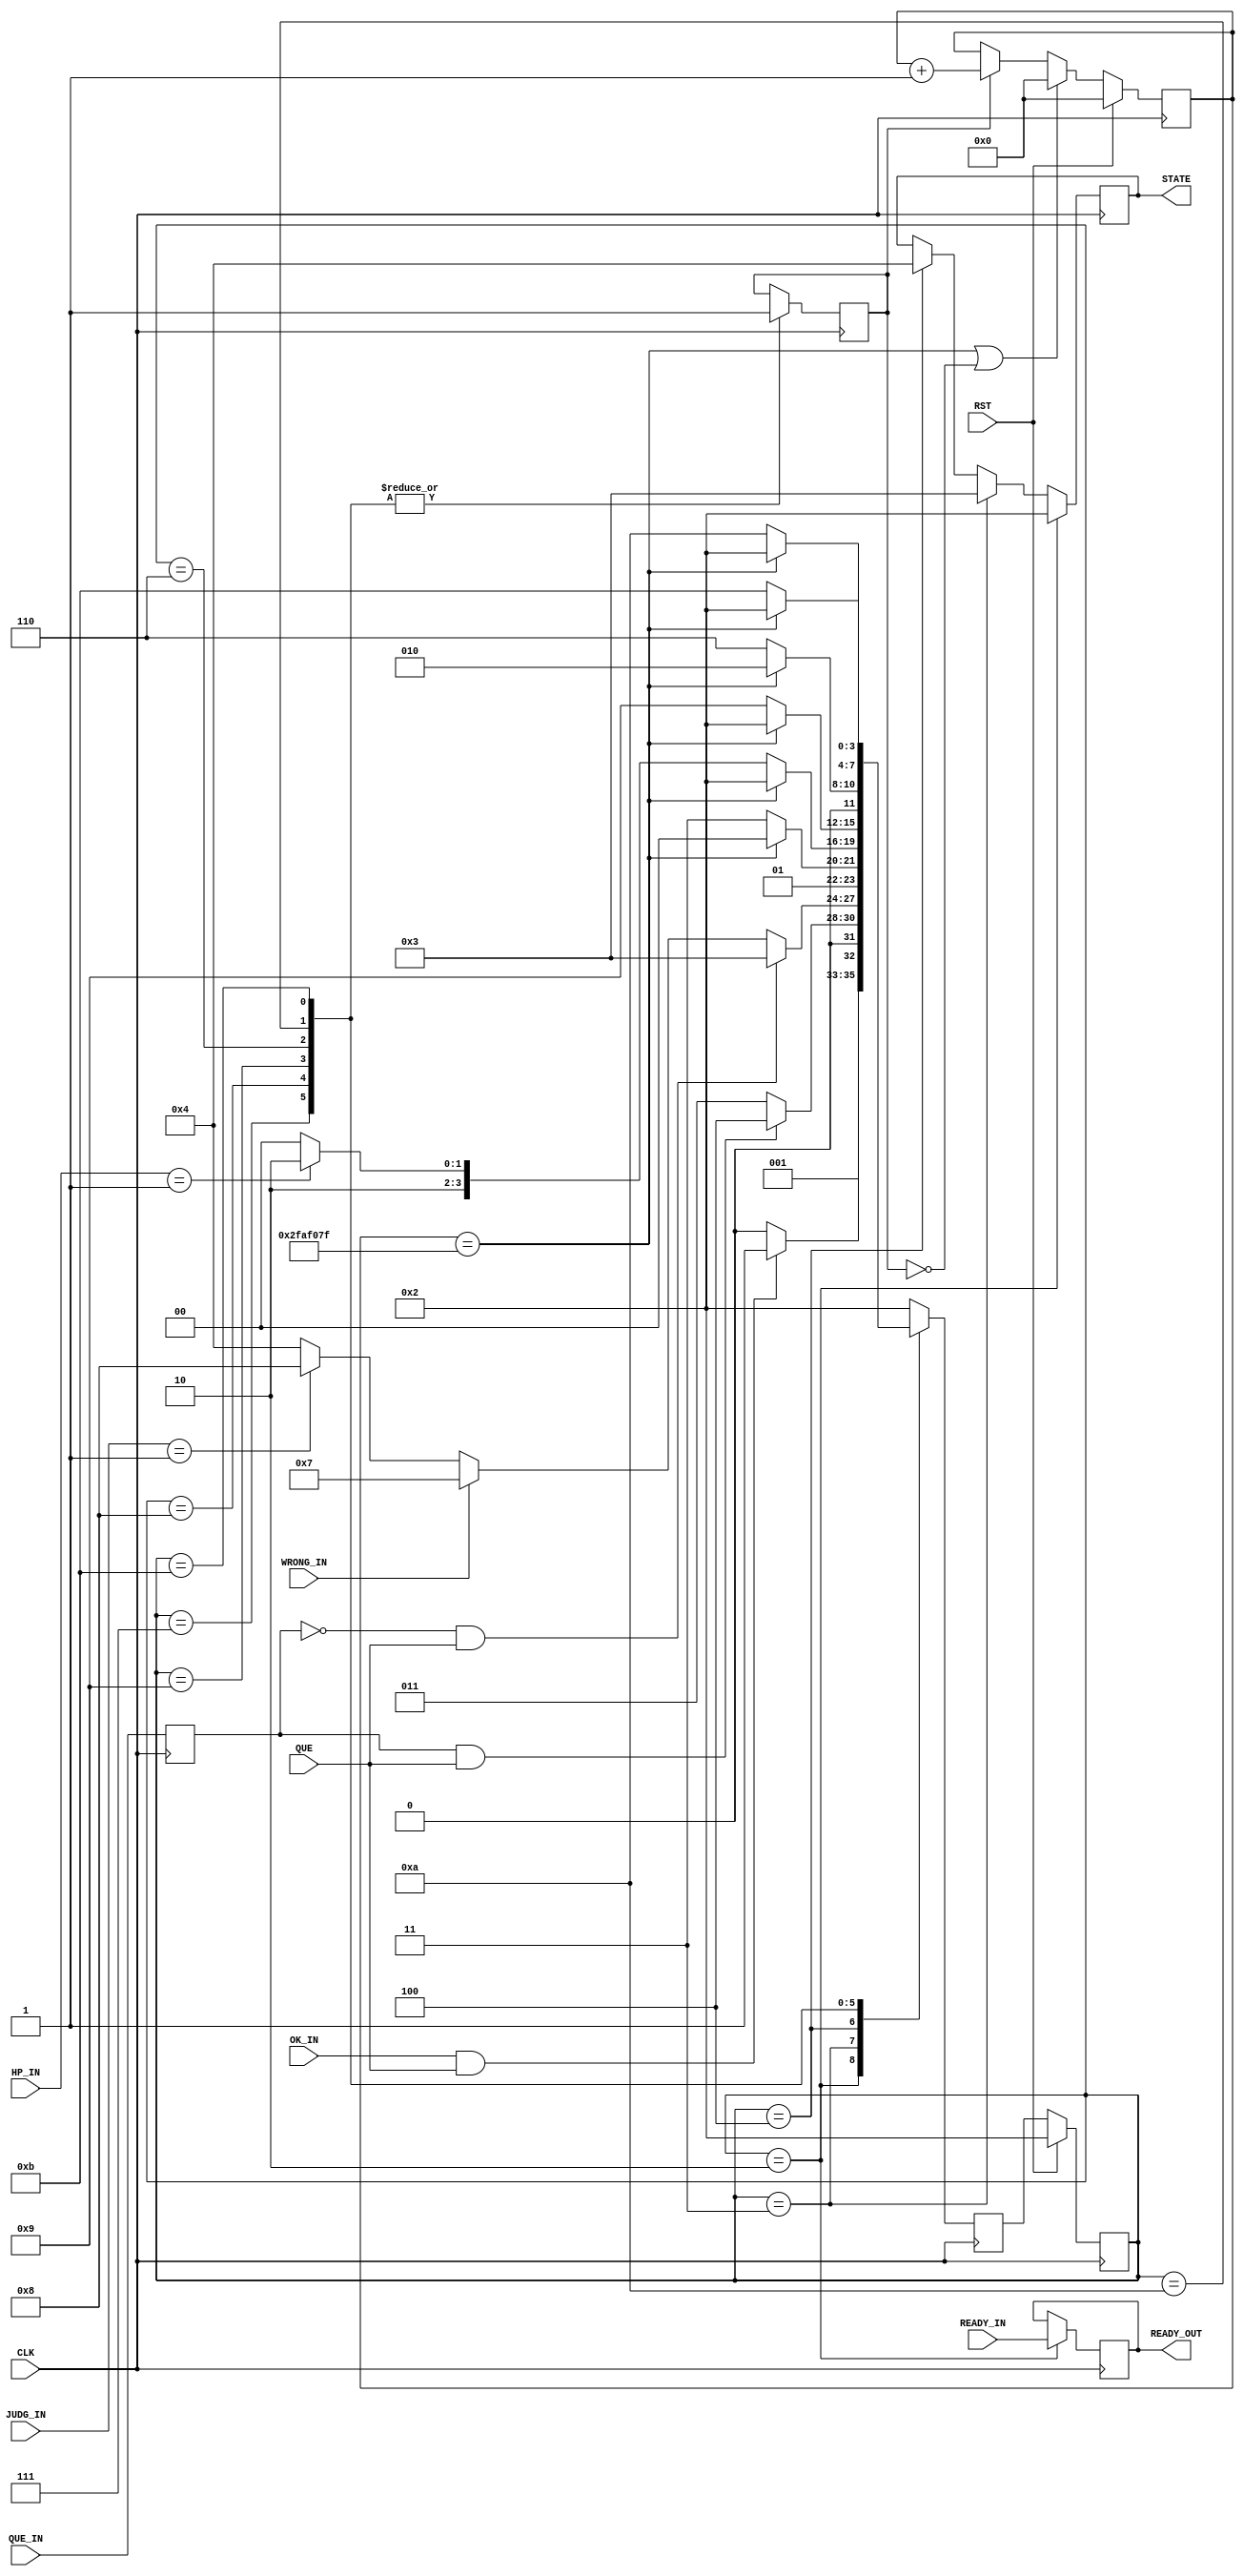
module CONTROL(
    input CLK, RST, READY_IN, QUE_IN, //QUE_IN??????????????????????
    input OK_IN, //????????????READY?????????????????
    input [1:0] HP_IN,//00????,01??????,10??????
    input QUE,//??????????????1????????0?QUE????????????????
    input [1:0] JUDG_IN,  //???????????
    input WRONG_IN, //??????????????
    output reg READY_OUT,
    output reg [3:0] STATE 
);

reg[3:0] cur,nxt;
localparam  READY = 4'b0010, QUESTION = 4'b0011, INPUT = 4'b0100, DRAW = 4'b0110
            , WRONG = 4'b0111, GOOD = 4'b1000, OUCH = 4'b1001, WIN = 4'b1010, LOSE = 4'b1011;


always @( posedge CLK) begin //
  if(RST)
    cur <= READY;
  else
    cur <= nxt;
end


always @(posedge CLK) begin
  if(cur == READY)begin
      READY_OUT <= READY_IN;
      STATE <= 4'b0010;
  end
  else if(cur == QUESTION)begin
      STATE <= 4'b0011;
  end
  else if(cur == INPUT)begin
      STATE <= 4'b0100;
  end
  
end

reg NEED_1SEC;//??????????????
initial begin
  NEED_1SEC <= 0;
end


always @(posedge  CLK) begin
    case(cur)
      WRONG:   NEED_1SEC <= 1; 
      GOOD:    NEED_1SEC <= 1;
      OUCH:    NEED_1SEC <= 1; 
      DRAW:    NEED_1SEC <= 1; 
      WIN:     NEED_1SEC <= 1; 
      LOSE:    NEED_1SEC <= 1;  
  endcase
end

reg [25:0] cnt;
wire EN1HZ = (cnt==26'd49_999_999);
initial begin
    cnt <= 0;
end

always @(posedge CLK)begin
    if(RST)
      cnt <= 26'b0;
    else if(EN1HZ || NEED_1SEC == 0)
      cnt <= 26'b0;
    else if(NEED_1SEC == 1)
      cnt <= cnt + 26'b1; 
    else 
      cnt <= cnt;   
end


reg QUE_r;
initial begin
  QUE_r <= 0;
end
always @(posedge CLK) begin
  QUE_r <= QUE_IN;
end

always @(posedge CLK)begin
    
    case(cur)   
        READY: 
                //if(OK_IN && QUE) //????????????????????????????????
                if(OK_IN && QUE)
                    nxt <= QUESTION; //????
                else
                    nxt <= READY;

        QUESTION:
                   //if(R6 == 1 && QUE) //???????????????????????????????????
                   if(QUE_r == 1 && QUE)
                    nxt <= INPUT;
                   else 
                    nxt <= QUESTION; 
        
        INPUT: 
                if(QUE_r == 0 && QUE)
                    nxt <= QUESTION;
                else if(WRONG_IN)
                    nxt <= WRONG;
                else if(JUDG_IN == 01)
                    nxt <= GOOD;
                else if(JUDG_IN == 10)
                    nxt <= OUCH;
                else if(JUDG_IN == 11)
                    nxt <= DRAW;
                else
                    nxt <= INPUT;

        WRONG: 
               
               if(EN1HZ)
                nxt <= INPUT;
               else 
                nxt <= WRONG;
        
        GOOD: 
             
              if(EN1HZ)
                nxt <= READY;
              else if(HP_IN == 01) 
                nxt <= WIN;
              else
                nxt <= GOOD;

        OUCH: 
              
              if(EN1HZ)
                nxt <= READY;
              else if(HP_IN == 10)
                nxt <= LOSE;
              else 
                nxt <= OUCH;

        DRAW: 
              
              if(EN1HZ)
                nxt <= READY;
              else
                nxt <= DRAW;

        WIN: 
            
             if(EN1HZ)
               nxt <= READY;
             else 
               nxt <= WIN;

        LOSE:
             
             if(EN1HZ)
               nxt <= READY;
             else 
               nxt <= LOSE;

        default: nxt <= READY;
    endcase
end





endmodule